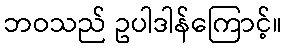
ဘဝသည် ဥပါဒါန်ကြောင့်။